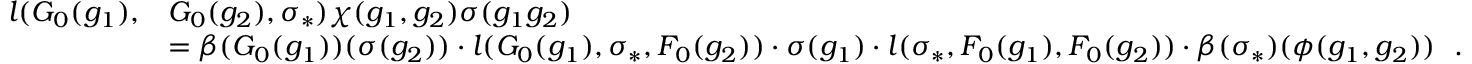
\begin{array} { r l } { l ( G _ { 0 } ( g _ { 1 } ) , } & { G _ { 0 } ( g _ { 2 } ) , \sigma _ { * } ) \chi ( g _ { 1 } , g _ { 2 } ) \sigma ( g _ { 1 } g _ { 2 } ) } \\ & { = \beta ( G _ { 0 } ( g _ { 1 } ) ) ( \sigma ( g _ { 2 } ) ) \cdot l ( G _ { 0 } ( g _ { 1 } ) , \sigma _ { * } , F _ { 0 } ( g _ { 2 } ) ) \cdot \sigma ( g _ { 1 } ) \cdot l ( \sigma _ { * } , F _ { 0 } ( g _ { 1 } ) , F _ { 0 } ( g _ { 2 } ) ) \cdot \beta ( \sigma _ { * } ) ( \phi ( g _ { 1 } , g _ { 2 } ) ) \ \ . } \end{array}